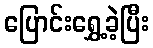
ပြောင်းရွှေ့ခဲ့ပြီး